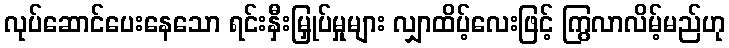
လုပ်ဆောင်ပေးနေသော ရင်းနှီးမြှုပ်မှုများ လျှာထိပ့်လေးဖြင့် ကြွလာလိမ့်မည်ဟု